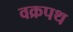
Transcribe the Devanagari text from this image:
वक्रपथ